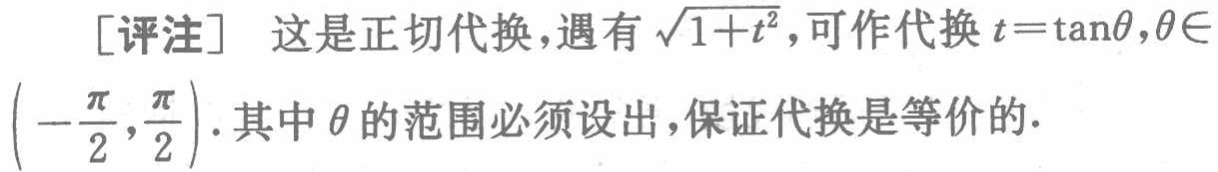
[评注] 这是正切代换，遇有$\sqrt{1 + t^{2}}$，可作代换$t = \tan\theta,\theta\in\left(-\frac{\pi}{2},\frac{\pi}{2}\right)$. 其中$\theta$的范围必须设出，保证代换是等价的.